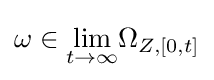
\omega \in {\underset {t\rightarrow \infty }{\lim }}\Omega _{Z,[0,t]}